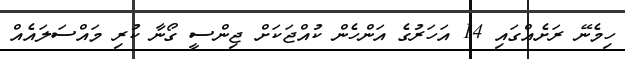
ހިމެނޭ ރަށެއްގައި 14 އަހަރުގެ އަންހެން ކުއްޖަކަށް ޖިންސީ ގޯނާ ކުރި މައްސަލައެއް